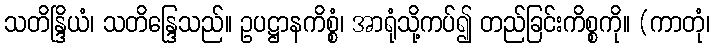
သတိန္ဒြိယံ၊ သတိန္ဒြေသည်။ ဥပဋ္ဌာနကိစ္စံ၊ အာရုံသို့ကပ်၍ တည်ခြင်းကိစ္စကို။ (ကာတုံ၊